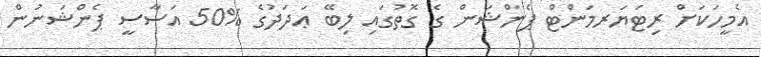
އެމީހަކަށް ރިޓަޔަރމަންޓް ޕެންޝަން ގެ ގޮތުގައި ލިބޭ ޢަދަދުގެ %50 އަސާސީ ޕެންޝަނުން